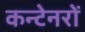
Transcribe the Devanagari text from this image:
कन्टेनरों